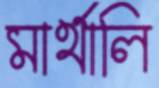
মার্থালি